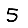
Digit: 5